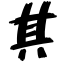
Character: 其